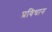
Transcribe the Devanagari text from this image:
प्रविधान